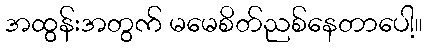
အထွန်းအတွက် မမေစိတ်ညစ်နေတာပေါ့။